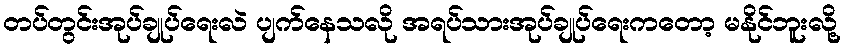
တပ်တွင်းအုပ်ချုပ်ရေးလဲ ပျက်နေသလို အရပ်သားအုပ်ချုပ်ရေးကတော့ မနိုင်ဘူးလို့